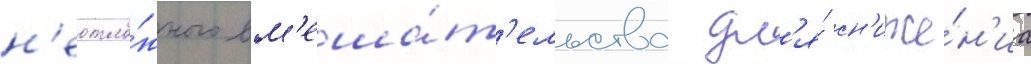
н'еотло́жного вм'еша́т'ельства дл'я́ сн'иже́н'иа